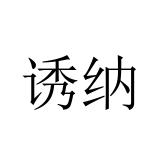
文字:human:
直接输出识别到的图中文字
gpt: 诱纳